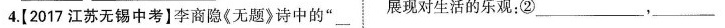
4.[2017江苏无锡中考】李商隐《无题》诗中的”___ 展现对生活的乐观；②___，___